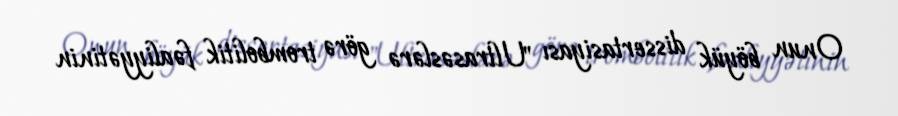
Onun böyük dissertasiyası "Ultrasəslərə görə trombolitik fəaliyyətinin